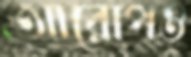
আরোপও